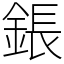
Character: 鋹